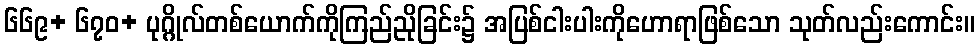
၆၆၉+ ၆၇၀+ ပုဂ္ဂိုလ်တစ်ယောက်ကိုကြည်ညိုခြင်း၌ အပြစ်ငါးပါးကိုဟောရာဖြစ်သော သုတ်လည်းကောင်း။